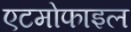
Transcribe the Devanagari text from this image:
एटमोफाइल